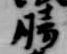
勝